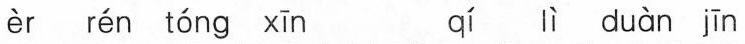
èr rén tóng xīn qí lì duàn jin